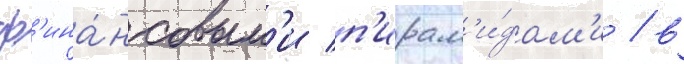
ф'ина́нсовым'и п'ирам'и́дам'и / в